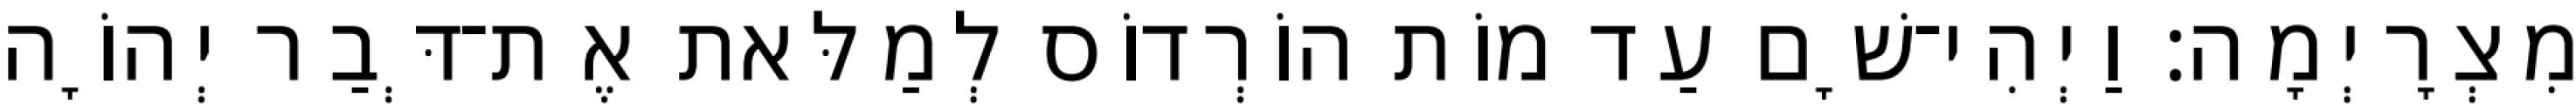
מִצְרָיְמָה׃ וַיְהִי־שָׁם עַד מוֹת הוֹרְדוֹס לְמַלּאת אֶת־דְּבַר יְהוָֹה